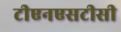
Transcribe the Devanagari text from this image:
टीएनएसटीसी